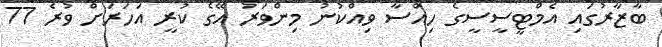
ބާޒާރުގައި އެމްޓީސީސީގެ ހިއްސާ ވިއްކުނު މިންވަރު އޭގެ ކުރީ އަހަރަށް ވުރެ 77